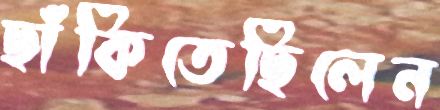
ছাঁকিতেছিলেন